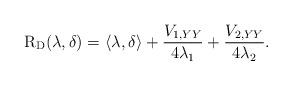
LaTeX: \begin{align*}\mathrm{R}_{\mathrm{D}}(\lambda, \delta) = \langle\lambda, \delta\rangle +\frac{V_{1, Y Y}}{4 \lambda_1}+\frac{V_{2, Y Y}}{4 \lambda_2}.\end{align*}